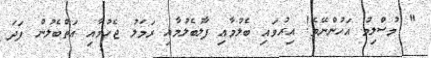
" މުސްލިމު އަހުންނޭވެ! އިރުވައި ބެލުމާއި ފާލުބެލުމާއި ރަމަލު ޖެހުމާއި އަތްބެލުން ފަދަ